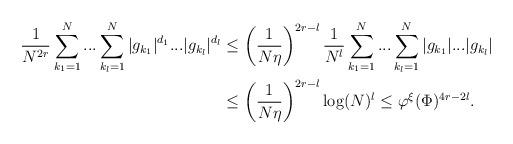
LaTeX: \begin{align*}\frac{1}{N^{2r} }\sum_{k_1=1}^N ... \sum_{k_l =1}^N |g_{k_1} |^{d_1}... |g_{k_l } |^{d_l} &\leq \left( \frac{1}{ N \eta } \right)^{2r - l } \frac{1}{N^l}\sum_{k_1=1}^N ... \sum_{k_l =1}^N |g_{k_1} |... |g_{k_l } | \\&\leq \left( \frac{1}{ N \eta } \right)^{2r - l } \log (N)^{l} \leq \varphi^{ \xi} (\Phi )^{ 4r - 2 l }.\end{align*}